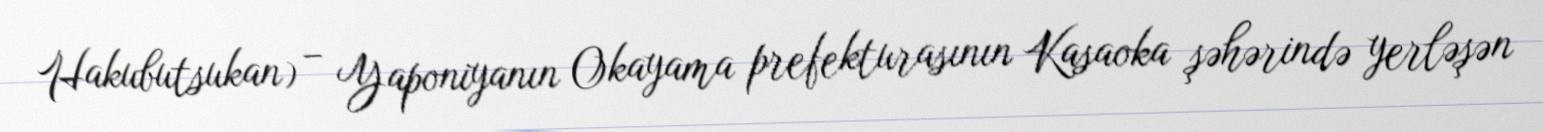
Hakubutsukan) – Yaponiyanın Okayama prefekturasının Kasaoka şəhərində yerləşən